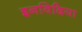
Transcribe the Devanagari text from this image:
इनविदिया